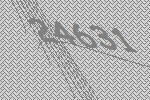
24631